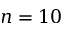
n = 1 0